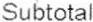
SUBTOTAL